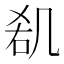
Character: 𠙏